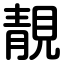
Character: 靚